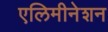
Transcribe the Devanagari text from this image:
एलिमीनेशन